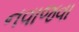
નવાજવા